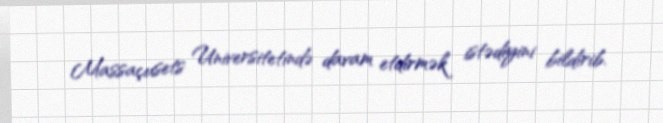
Massaçusets Universitetində davam etdirmək istədiyini bildirib.